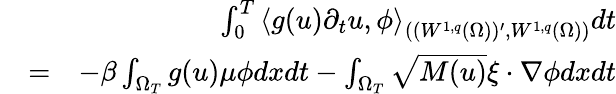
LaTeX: \begin{array}{rlr}&{}&{\int_{0}^{T}\left<g(u)\partial_{t}u,\phi\right>_{((W^{1,q}(\Omega))^{\prime},W^{1,q}(\Omega))}dt}\\ &{=}&{-\beta\int_{\Omega_{T}}g(u)\mu\phi dxdt-\int_{\Omega_{T}}\sqrt{M(u)}\xi\cdot\nabla\phi dxdt}\end{array}